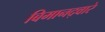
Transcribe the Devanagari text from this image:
बिमानद्वारे